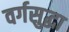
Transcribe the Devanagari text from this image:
वर्गसुद्धा